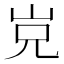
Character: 𡶢